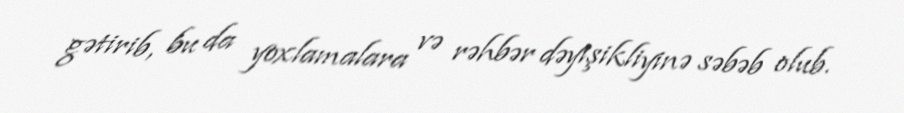
gətirib, bu da yoxlamalara və rəhbər dəyişikliyinə səbəb olub.